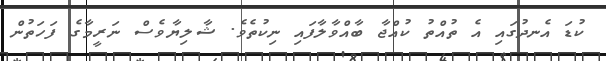
ކުޑަ އެނދުގައި އެ ތުއްތު ކުއްޖާ ބާއްވާލާފައި ނިކުތެވެ. ޝާލިޔާވެސް ނަރީމާގެ ފަހަތުން